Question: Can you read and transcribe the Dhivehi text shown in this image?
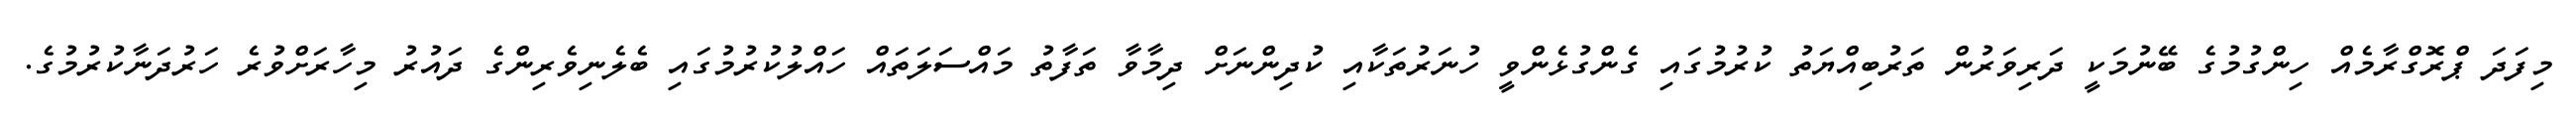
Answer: މިފަދަ ޕްރޮގްރާމެއް ހިންގުމުގެ ބޭނުމަކީ ދަރިވަރުން ތަރުބިއްޔަތު ކުރުމުގައި ގެންގުޅެންވީ ހުނަރުތަކާއި ކުދިންނަށް ދިމާވާ ތަފާތު މައްސަލަތައް ހައްލުކުރުމުގައި ބެލެނިވެރިންގެ ދައުރު މިހާރަށްވުރެ ހަރުދަނާކުރުމުގެ.